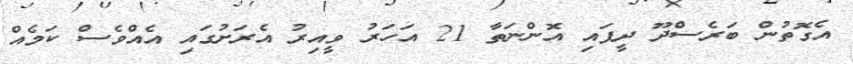
އެގޮތުން ބަރެސްދޫ ދީފައި އޮންނަތާ 21 އަހަރު ވީއިރު އެރަށުގައި އެއްވެސް ކަމެއް